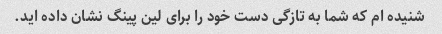
شنیده ام که شما به تازگی دست خود را برای لین پینگ نشان داده اید.